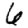
Digit: 6